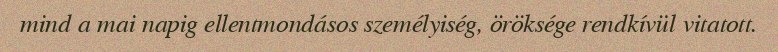
mind a mai napig ellentmondásos személyiség, öröksége rendkívül vitatott.